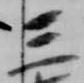
三